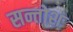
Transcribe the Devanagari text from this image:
सन्तोश